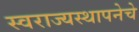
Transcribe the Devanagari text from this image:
स्वराज्यस्थापनेचे